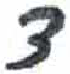
אות: צ